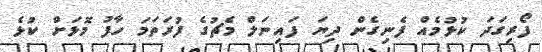
ފޯރިގަދަ ކުޅުމެއް ފެނިގެން ދިޔަ ފައިނަލް މެޗުގެ ފުރަތަމަ ހާފު މޮޅަށް ކުޅެ